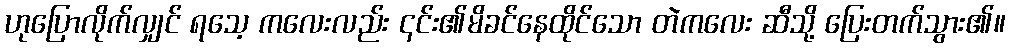
ဟုပြောလိုက်လျှင် ရသေ့ ကလေးလည်း ၎င်း၏မိခင်နေထိုင်သော တဲကလေး ဆီသို့ ပြေးတက်သွား၏။